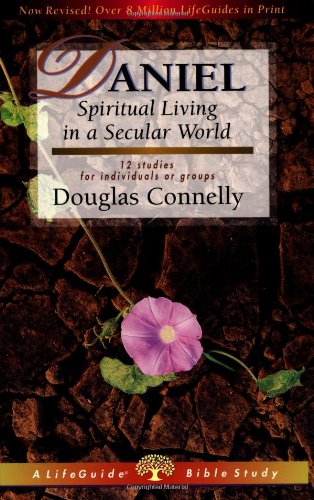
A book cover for Daniel: Spiritual Living in a Secular World (Lifeguide Bible Studies); Douglas Connelly; Christian Books & Bibles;